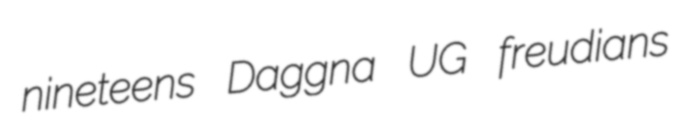
nineteens Daggna UG freudians